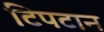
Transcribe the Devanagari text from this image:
टिपटान